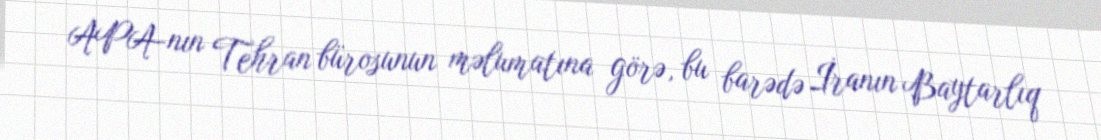
APA-nın Tehran bürosunun məlumatına görə, bu barədə İranın Baytarlıq